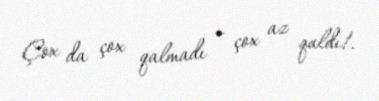
Çox da çox qalmadı - çox az qaldı!.